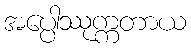
အပ္ပေါဿုက္ကတာယ